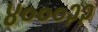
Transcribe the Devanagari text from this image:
४०००२२